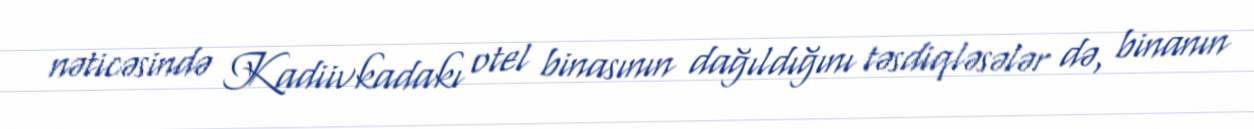
nəticəsində Kadiivkadakı otel binasının dağıldığını təsdiqləsələr də, binanın